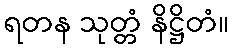
ရတန သုတ္တံ နိဋ္ဌိတံ။